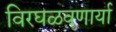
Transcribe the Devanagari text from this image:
विरघळवणार्या